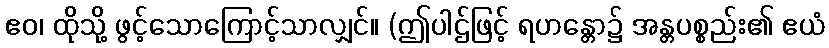
ဧဝ၊ ထိုသို့ ဖွင့်သောကြောင့်သာလျှင်။ (ဤပါဌ်ဖြင့် ရဟန္တော၌ အန္တပစ္စည်း၏ ဧယံ